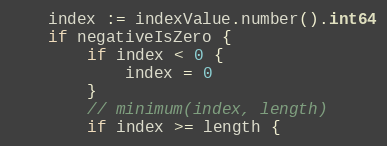
Language: Go
	index := indexValue.number().int64
	if negativeIsZero {
		if index < 0 {
			index = 0
		}
		// minimum(index, length)
		if index >= length {